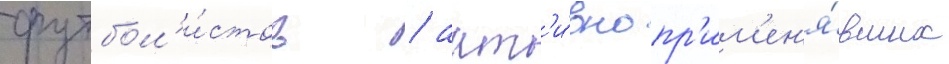
футбол'и́стов / акт'и́вно пр'им'ен'я́вших